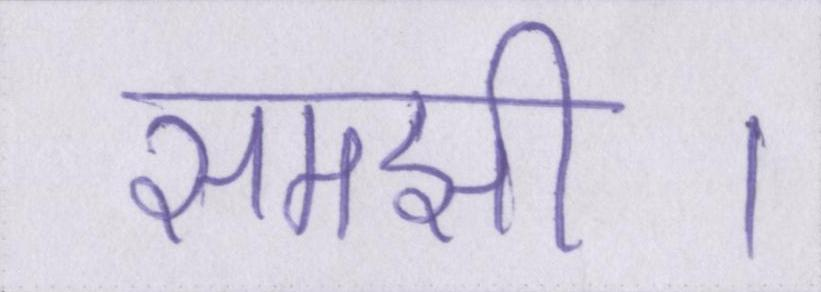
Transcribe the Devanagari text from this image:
समझी।